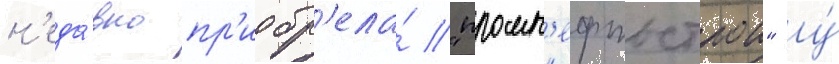
н'еда́вно пр'иобр'ела́ "промн'ефтьстрои" у́